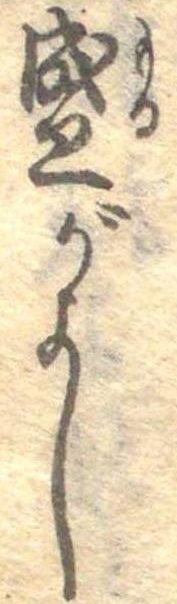
盛がよし